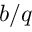
b / q